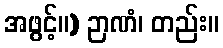
အဖွင့်။) ဉာဏံ၊ တည်း။